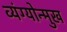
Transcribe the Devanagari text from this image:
व्यंग्योन्मुख